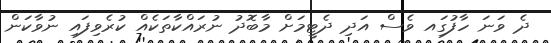
ދެ ވަނަ ހާފުގަިއ ވެސް އަދި ދެޓީމަށް މާބޮދު ނުރައްކާތަކެއް ކުރެވިފައި ނުވާކަން